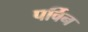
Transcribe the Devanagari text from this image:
पर्विन